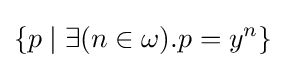
\{p\mid \exists (n\in \omega ).p=y^{n}\}